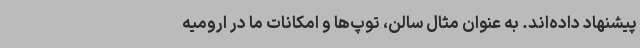
پیشنهاد داده‌اند. به عنوان مثال سالن، توپ‌ها و امکانات ما در ارومیه